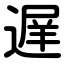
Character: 遅